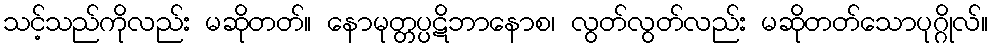
သင့်သည်ကိုလည်း မဆိုတတ်။ နောမုတ္တပ္ပဋိဘာနောစ၊ လွတ်လွတ်လည်း မဆိုတတ်သောပုဂ္ဂိုလ်။